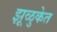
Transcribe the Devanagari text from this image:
झूळुकेत